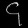
Digit: ၄